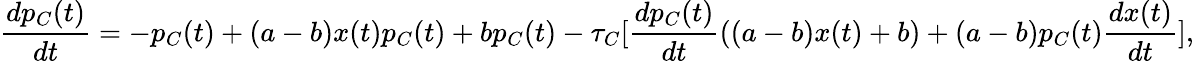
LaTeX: \frac{dp_{C}(t)}{dt}=-p_{C}(t)+(a-b)x(t)p_{C}(t)+bp_{C}(t)-\tau_{C}[\frac{dp_{C}(t)}{dt}((a-b)x(t)+b)+(a-b)p_{C}(t)\frac{dx(t)}{dt}],